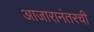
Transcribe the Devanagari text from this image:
आजारानंतरची